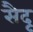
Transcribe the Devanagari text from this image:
सैदू